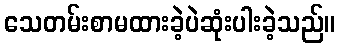
သေတမ်းစာမထားခဲ့ပဲဆုံးပါးခဲ့သည်။